Annual statistical returns and brief notes on vaccination in Bengal - 1887-1898
Year: 1887
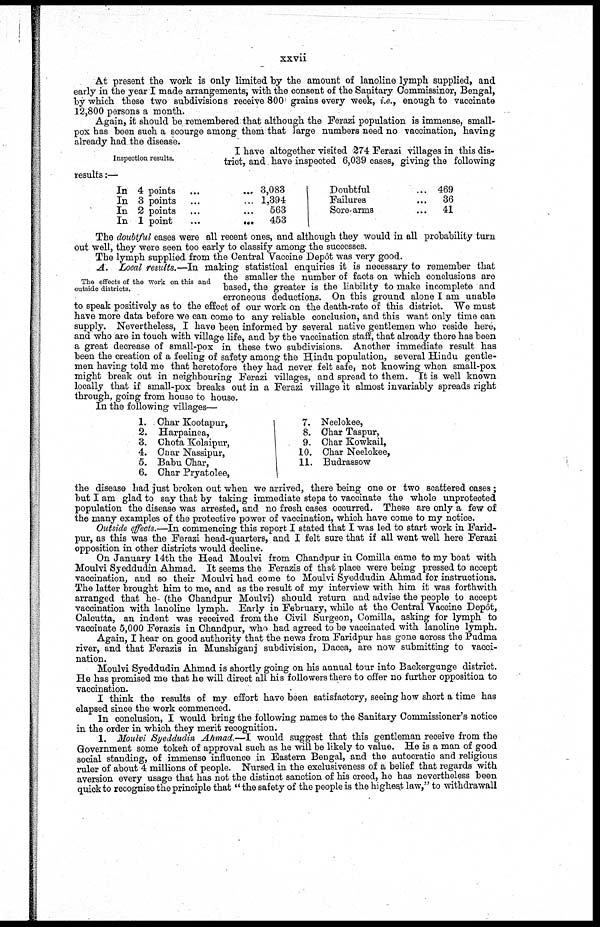
xxvii
At present the work is only limited by the amount of lanoline lymph supplied, and
early in the year I made arrangements, with the consent of the Sanitary Commissinor, Bengal,
by which these two subdivisions receive 800 grains every week, i.e., enough to vaccinate
12,800 persons a month.
Again, it should be remembered that although the Ferazi population is immense, small-
pox has been such a scourge among them that large numbers need no vaccination, having
already had the disease.
Inspection results.
I have altogether visited 274 Ferazi villages in this dis-
trict, and have inspected 6,039 cases, giving the following
results:—
In 4 points ... ...
In 3 points ... ...
In 2 points ... ...
In 1 point
...
...
3,083
1,394
563
453
Doubtful ...
Failures ...
Sore-arms ...
469
36
41
The doubtful cases were all recent ones, and although they would in all probability turn
out well, they were seen too early to classify among the successes.
The lymph supplied from the Central Vaccine Depôt was very good.
The effects of the work on this and
outside districts.
A. Local results.—In making statistical enquiries it is necessary to remember that
the smaller the number of facts on which conclusions are
based, the greater is the liability to make incomplete and
erroneous deductions. On this ground alone I am unable
to speak positively as to the effect of our work on the death-rate of this district. We must
have more data before we can come to any reliable conclusion, and this want only time can
supply. Nevertheless, I have been informed by several native gentlemen who reside here,
and who are in touch with village life, and by the vaccination staff, that already there has been
a great decrease of small-pox in these two subdivisions. Another immediate result has
been the creation of a feeling of safety among the Hindu population, several Hindu gentle-
men having told me that heretofore they had never felt safe, not knowing when small-pox
might break out in neighbouring Ferazi villages, and spread to them. It is well known
locally that if small-pox breaks out in a Ferazi village it almost invariably spreads right
through, going from house to house.
In the following villages—
1.
2.
3.
4.
5.
6.
Char Kootapur,
Harpainea,
Chota Kolaipur,
Char Nassipur,
Babu Char,
Char Pryatolee,
7.
8.
9.
10.
11.
Neelokee,
Char Taspur,
Char Kowkail,
Char Neelokee,
Budrassow
the disease had just broken out when we arrived, there being one or two scattered cases ;
but I am glad to say that by taking immediate steps to vaccinate the whole unprotected
population the disease was arrested, and no fresh cases occurred. These are only a few of
the many examples of the protective power of vaccination, which have come to my notice.
Outside effects.—In commencing this report I stated that I was led to start work in Farid-
pur, as this was the Ferazi head-quarters, and I felt sure that if all went well here Ferazi
opposition in other districts would decline.
On January 14th the Head Moulvi from Chandpur in Comilla came to my boat with
Moulvi Syeddudin Ahmad. It seems the Ferazis of that place were being pressed to accept
vaccination, and so their Moulvi had come to Moulvi Syeddudin Ahmad for instructions.
The latter brought him to me, and as the result of my interview with him it was forthwith
arranged that he- (the Chandpur Moulvi) should return and advise the people to accept
vaccination with lanoline lymph. Early in February, while at the Central Vaccine Depôt,
Calcutta, an indent was received from the Civil Surgeon, Comilla, asking for lymph to
vaccinate 5,000 Ferazis in Chandpur, who had agreed to be vaccinated with lanoline lymph.
Again, I hear on good authority that the news from Faridpur has gone across the Pudma
river, and that Ferazis in Munshiganj subdivision, Dacca, are now submitting to vacci-
nation.
Moulvi Syeddudin Ahmad is shortly going on his annual tour into Backergunge district.
He has promised me that he will direct all his followers there to offer no further opposition to
vaccination.
I think the results of my effort have been satisfactory, seeing how short a time has
elapsed since the work commenced.
In conclusion, I would bring the following names to the Sanitary Commissioner's notice
in the order in which they merit recognition.
1. Moulvi Syeddudin Ahmad.—I would suggest that this gentleman receive from the
Government some token of approval such as he will be likely to value. He is a man of good
social standing, of immense influence in Eastern Bengal, and the autocratic and religious
ruler of about 4 millions of people. Nursed in the exclusiveness of a belief that regards with
aversion every usage that has not the distinct sanction of his creed, he has nevertheless been
quick to recognise the principle that " the safety of the people is the highest law," to withdrawall